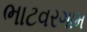
ભાટવરગામ